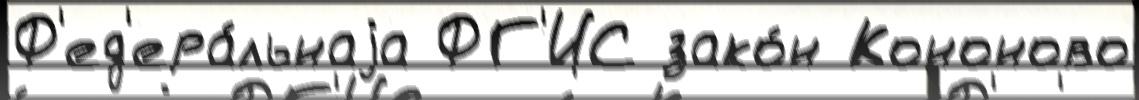
Ф'ед'ера́льнаjа ФГ'ИС зако́н Кононово